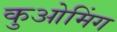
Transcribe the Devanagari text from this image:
कुओमिंग